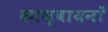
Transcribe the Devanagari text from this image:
काण्वायनों